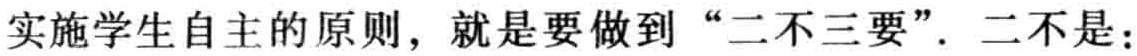
实施学生自主的原则，就是要做到“二不三要”. 二不是：